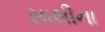
સાથીના